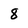
Character: 8